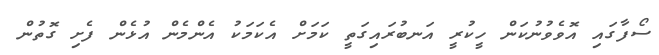
ސޯފާގައި އޮވެވުނުކަން ހީކުރީ އަނބުރައިގަތީ ކަމަށް އެކަމަކު އެންމެން އުޅެން ފެށި ގޮތުން